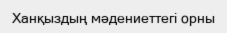
Ханқыздың мәдениеттегі орны